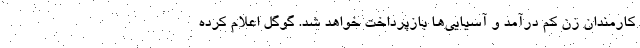
کارمندان زن کم درآمد و آسیایی‌ها بازپرداخت خواهد شد. گوگل اعلام کرده